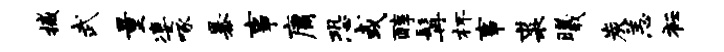
撼武量凄啄暴事庸恐或醇髯杯事裘曦炭恙衽